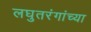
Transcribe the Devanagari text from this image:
लघुतरंगांच्या